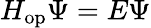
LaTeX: H_{\mathrm{op}}\Psi=E\Psi